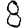
Digit: 8